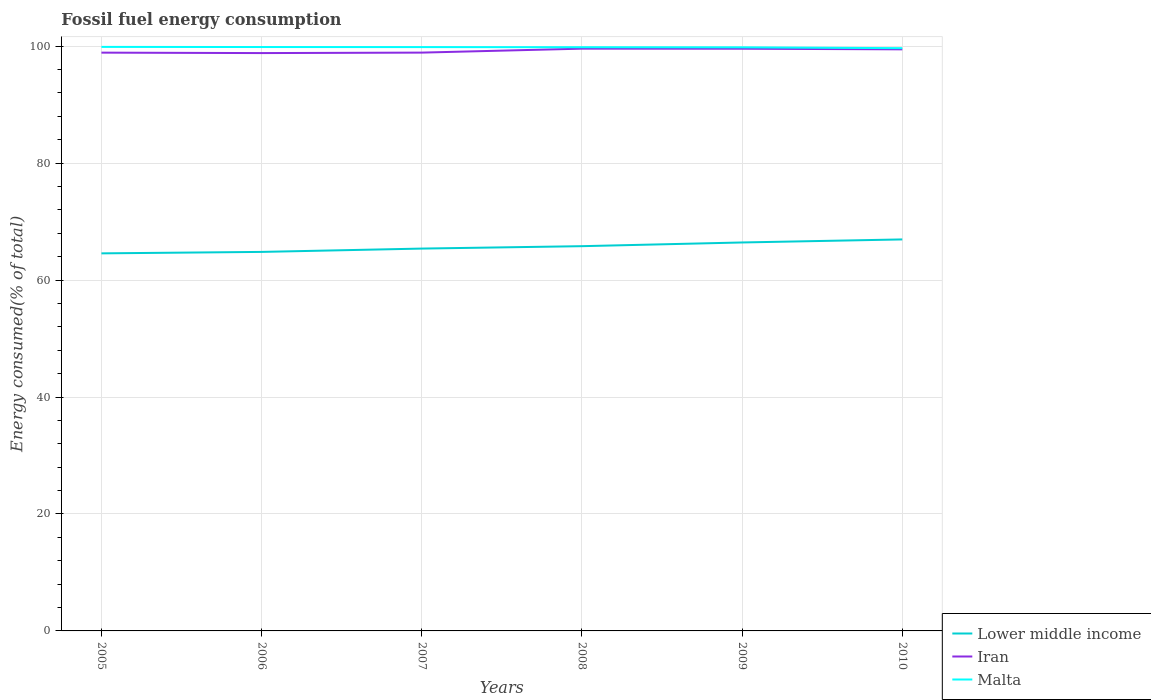
| Years | Lower middle income | Iran | Malta |
 | --- | --- | --- | --- |
 | 2005 | 64.6 | 98.9 | 99.9 |
 | 2006 | 64.8 | 98.8 | 99.9 |
 | 2007 | 65.4 | 98.9 | 99.8 |
 | 2008 | 65.8 | 99.6 | 99.8 |
 | 2009 | 66.4 | 99.6 | 99.8 |
 | 2010 | 66.9 | 99.5 | 99.7 |